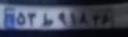
۵۳ط۹۱۸۳۶